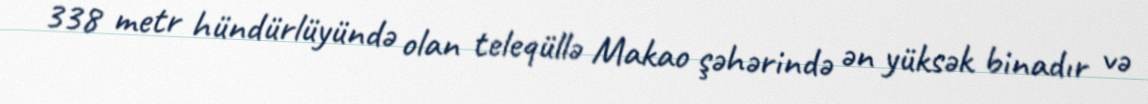
338 metr hündürlüyündə olan teleqüllə Makao şəhərində ən yüksək binadır və